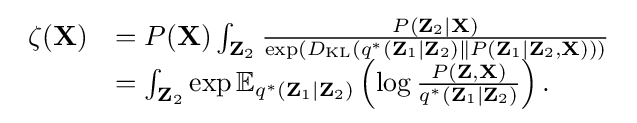
{\begin{array}{rl}\zeta (\mathbf {X} )&=P(\mathbf {X} )\int _{\mathbf {Z} _{2}}{\frac {P(\mathbf {Z} _{2}\mid \mathbf {X} )}{\exp(D_{\mathrm {KL} }(q^{*}(\mathbf {Z} _{1}\mid \mathbf {Z} _{2})\parallel P(\mathbf {Z} _{1}\mid \mathbf {Z} _{2},\mathbf {X} )))}}\\&=\int _{\mathbf {Z} _{2}}\exp \mathbb {E} _{q^{*}(\mathbf {Z} _{1}\mid \mathbf {Z} _{2})}\left(\log {\frac {P(\mathbf {Z} ,\mathbf {X} )}{q^{*}(\mathbf {Z} _{1}\mid \mathbf {Z} _{2})}}\right).\end{array}}